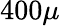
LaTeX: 400\mu